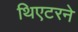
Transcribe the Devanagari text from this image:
थिएटरने